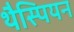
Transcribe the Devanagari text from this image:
थैस्पियन